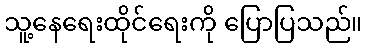
သူ့နေရေးထိုင်ရေးကို ပြောပြသည်။